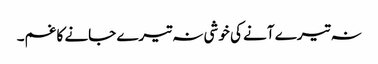
نہ تیرے آنے کی خوشی نہ تیرے جانے کا غم۔